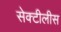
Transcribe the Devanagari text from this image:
सेक्टीलीस